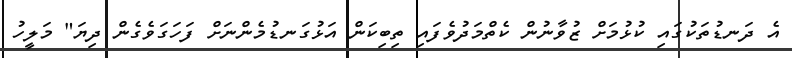
އެ ދަނޑުތަކުގައި ކުޅުމަށް ޒުވާނުން ކެތްމަދުވެފައި ތިބިކަން އަޅުގަނޑުމެންނަށް ފަހަގަވެގެން ދިޔަ" މަލީހު